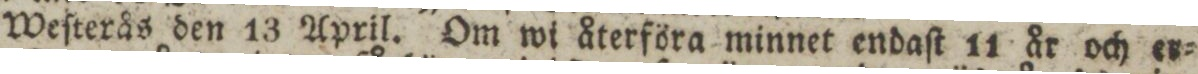
Weſterås den 13 April. Om wi återföra minnet endaſt 11 år och er=